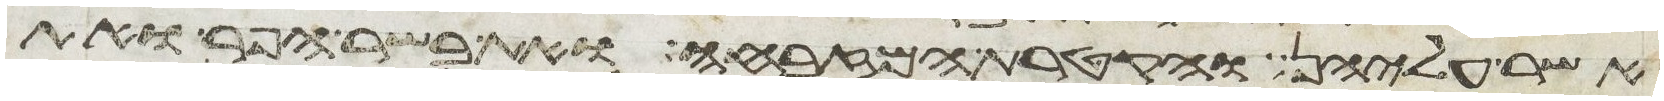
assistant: אשר עליהן והקטרת המזבחה ואת בשר הפר ואת